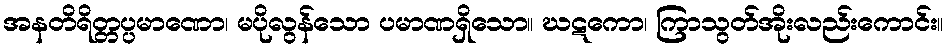
အနတိရိတ္တပ္ပမာဏော၊ မပိုလွန်သော ပမာဏရှိသော။ ဃဋကော၊ ကြာသွတ်အိုးလည်းကောင်း။